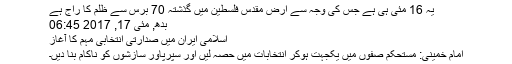
یہ 16 مئی ہی ہے جس کی وجہ سے ارضِ مقدس فلسطین میں گذشتہ 70 برس سے ظلم کا راج ہے
بدھ, مئی 17, 2017 06:45
اسلامی ایران میں صدارتی انتخابی مہم کا آغاز
امام خمینی: مستحکم صفوں میں یکجہت ہوکر انتخابات میں حصہ لیں اور سپرپاور سازشوں کو ناکام بنا دیں۔